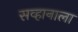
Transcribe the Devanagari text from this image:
सव्हानाला